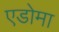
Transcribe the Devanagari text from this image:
एडोमा